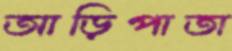
আড়িপাতা